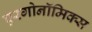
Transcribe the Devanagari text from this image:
एरगोनॉमिक्स